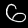
Label: 6